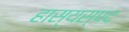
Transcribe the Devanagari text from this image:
हास्यस्पद